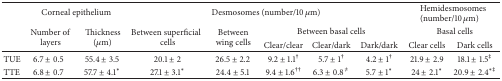
|  | <COLSPAN=2> Corneal epithelium | <COLSPAN=5> Desmosomes (number/10 μm) | <COLSPAN=2> Hemidesmosomes (number/10 μm) |
 |  | <ROWSPAN=2> Number of layers | <ROWSPAN=2> Thickness (μm) | <ROWSPAN=2> Between superficial cells | <ROWSPAN=2> Between wing cells | <COLSPAN=3> Between basal cells | <COLSPAN=2> Basal cells |
 |  | Clear/clear | Clear/dark | Dark/dark | Clear cells | Dark cells |
 | --- | --- | --- | --- | --- | --- | --- | --- | --- | --- |
 | TUE | 6.7 ± 0.5 | 55.4 ± 3.5 | 20.1 ± 2 | 26.5 ± 2.2 | 9.2 ± 1.1† | 5.7 ± 1† | 4.2 ± 1† | 21.9 ± 2.9 | 18.1 ± 1.5‡ |
 | TTE | 6.8 ± 0.7 | 57.7 ± 4.1∗ | 27.1 ± 3.1∗ | 24.4 ± 5.1 | 9.4 ± 1.6†† | 6.3 ± 0.8≠ | 5.7 ± 1∗ | 24 ± 2.1∗ | 20.9 ± 2.4∗‡ |